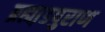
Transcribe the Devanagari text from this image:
ब्रह्मा़डपुराण